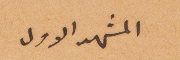
المشهد الأول